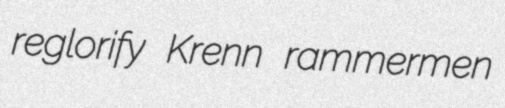
reglorify Krenn rammermen